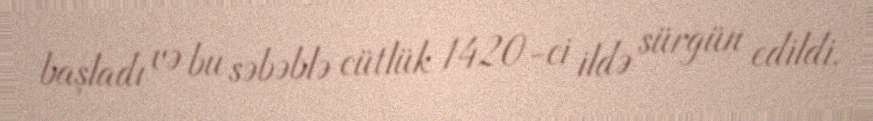
başladı və bu səbəblə cütlük 1420-ci ildə sürgün edildi.